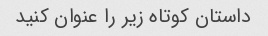
داستان کوتاه زیر را عنوان کنید